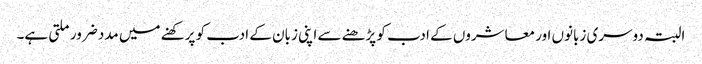
البتہ دوسری زبانوں اور معاشروں کے ادب کو پڑھنے سے اپنی زبان کے ادب کو پرکھنے میں مدد ضرور ملتی ہے۔